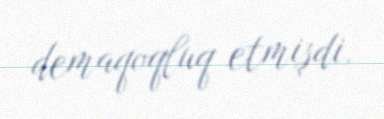
demaqoqluq etmişdi.